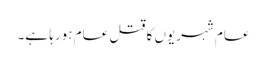
عام شہریوں کا قتل عام ہورہا ہے۔